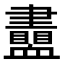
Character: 𧗙